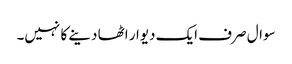
سوال صرف ایک دیوار اٹھا دینے کا نہیں۔